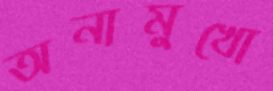
অনামুখো